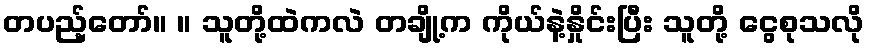
တပည့်တော်။ ။ သူတို့ထဲကလဲ တချို့က ကိုယ်နဲ့နှိုင်းပြီး သူတို့ ငွေစုသလို